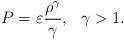
LaTeX: \begin{align*}P=\varepsilon\frac{\rho^\gamma}{\gamma},\ \ \gamma>1.\end{align*}